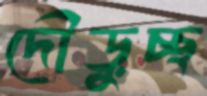
দৌড়ুচ্ছ